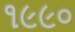
૧૯૯૦